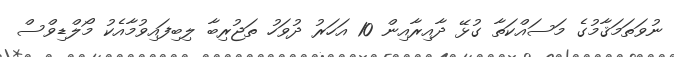
ނުވަތަމަޤާމުގެ މަސައްކަތާ ގުޅޭ ދާއިރާއިން 10 އަހަރު ދުވަހު ތަޖުރިބާ ލިބިފައިވުމާއެކު މޯލްޑިވްސް